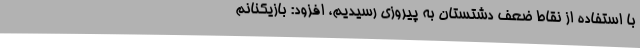
با استفاده‌ از نقاط ضعف دشتستان به پیروزی رسیدیم، افزود: بازیکنانم